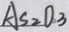
A S _ { 2 } O _ { 3 }